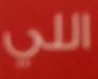
اللي